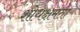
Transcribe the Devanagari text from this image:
शोधक्षमता